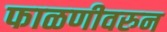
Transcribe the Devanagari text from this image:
फाळणीवरुन